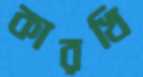
কারখি